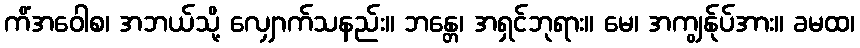
ကိံအဝေါစ၊ အဘယ်သို့ လျှောက်သနည်း။ ဘန္တေ၊ အရှင်ဘုရား။ မေ၊ အကျွန်ုပ်အား။ ခမထ၊